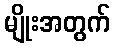
မျိုးအတွက်